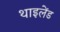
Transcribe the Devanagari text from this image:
थाइलेंड